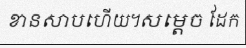
ខានសាបហើយ។សម្តេច ដែក